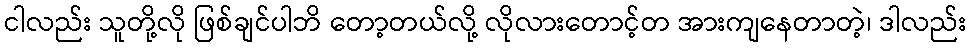
ငါလည်း သူတို့လို ဖြစ်ချင်ပါဘိ တော့တယ်လို့ လိုလားတောင့်တ အားကျနေတာတဲ့၊ ဒါလည်း